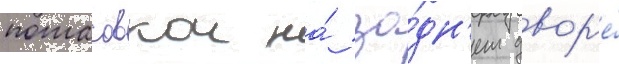
потасовкои на́ за́дн'ем двор'е́